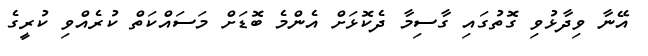
އޭނާ ވިދާޅުވި ގޮތުގައި ގާސިމާ ދެކޮޅަށް އެންމެ ބޮޑަށް މަސައްކަތް ކުރެއްވި ކުރީގެ